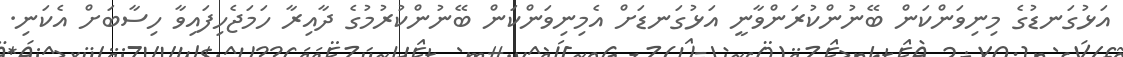
އަޅުގަނޑުގެ މިނިވަންކަން ބޭނުންކުރަންވާނީ އަޅުގަނޑަށް އެމިނިވަންކަން ބޭނުންކުރުމުގެ ދާއިރާ ހަމަޖެހިފައިވާ ހިސާބަށް އެކަނި.